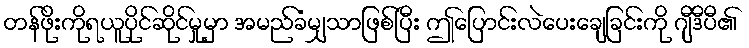
တန်ဖိုးကိုရယူပိုင်ဆိုင်မှုမှာ အမည်ခံမျှသာဖြစ်ပြီး ဤပြောင်းလဲပေးချေခြင်းကို ဂျီဒီပီ၏